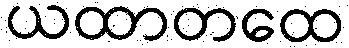
ယထာတထေ